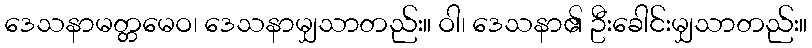
ဒေသနာမတ္တမေဝ၊ ဒေသနာမျှသာတည်း။ ဝါ၊ ဒေသနာ၏ ဦးခေါင်းမျှသာတည်း။